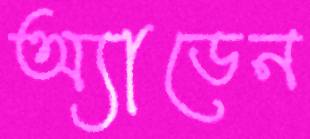
অ্যাডেন